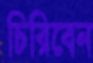
চিরিবেন